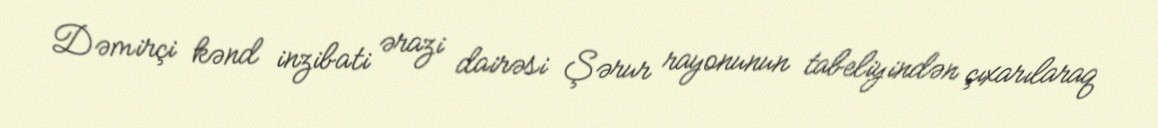
Dəmirçi kənd inzibati ərazi dairəsi Şərur rayonunun tabeliyindən çıxarılaraq